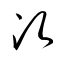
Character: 次